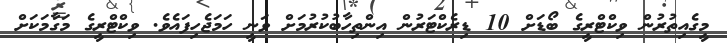
މީގެއިތުރުން ވިކްޓްރީގެ ބޯޑަށް 10 ޑިރެކްޓަރުން އިންތިހާބުކުރުމަށް ވަނީ ހަމަޖެހިފައެވެ. ވިކްޓްރީގެ މަގާމަކަށް